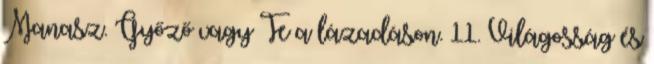
Manasz. Győző vagy Te a lázadáson. 11. Világosság és